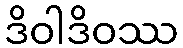
ဒိဝါဒိဝဿ